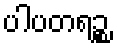
ပါပတရဉ္စ